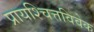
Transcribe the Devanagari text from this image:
प्रायश्चित्तविवेक